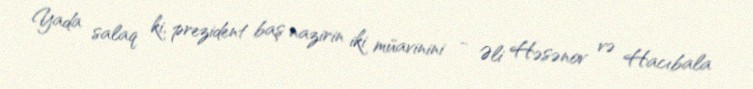
Yada salaq ki, prezident baş nazirin iki müavinini - Əli Həsənov və Hacıbala